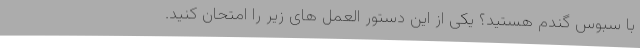
با سبوس گندم هستید؟ یکی از این دستور العمل های زیر را امتحان کنید.